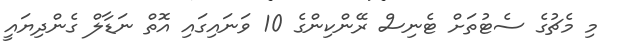
މި މެޗުގެ ސެޓުތަށް ޓެނިސް ރޭންކިންގެ 10 ވަނައިގައި އޮތް ނަޑާލް ގެންދިޔައީ